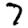
Digit: 7